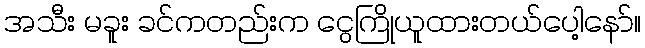
အသီး မခူး ခင်ကတည်းက ငွေကြိုယူထားတယ်ပေါ့နော်။